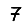
Digit: 7